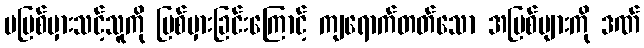
မပြစ်မှားသင့်သူကို ပြစ်မှားခြင်းကြောင့် ကျရောက်တတ်သော အပြစ်များကို ဒဏ်